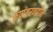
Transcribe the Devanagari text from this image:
रूपांतरणहीन